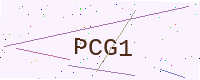
Text: PCG1